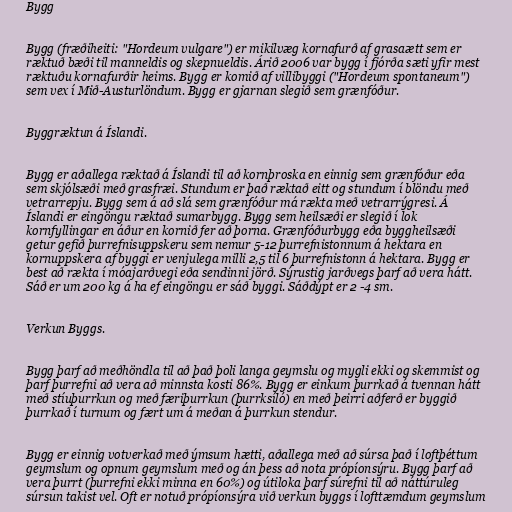
Bygg

Bygg (fræðiheiti: "Hordeum vulgare") er mikilvæg kornafurð af grasaætt sem er
ræktuð bæði til manneldis og skepnueldis. Árið 2006 var bygg í fjórða sæti yfir mest
ræktuðu kornafurðir heims. Bygg er komið af villibyggi ("Hordeum spontaneum")
sem vex í Mið-Austurlöndum. Bygg er gjarnan slegið sem grænfóður.

Byggræktun á Íslandi.

Bygg er aðallega ræktað á Íslandi til að kornþroska en einnig sem grænfóður eða
sem skjólsæði með grasfræi. Stundum er það ræktað eitt og stundum í blöndu með
vetrarrepju. Bygg sem á að slá sem grænfóður má rækta með vetrarrýgresi. Á
Íslandi er eingöngu ræktað sumarbygg. Bygg sem heilsæði er slegið í lok
kornfyllingar en áður en kornið fer að þorna. Grænfóðurbygg eða byggheilsæði
getur gefið þurrefnisuppskeru sem nemur 5-12 þurrefnistonnum á hektara en
kornuppskera af byggi er venjulega milli 2,5 til 6 þurrefnistonn á hektara. Bygg er
best að rækta í móajarðvegi eða sendinni jörð. Sýrustig jarðvegs þarf að vera hátt.
Sáð er um 200 kg á ha ef eingöngu er sáð byggi. Sáðdýpt er 2 -4 sm.

Verkun Byggs.

Bygg þarf að meðhöndla til að það þoli langa geymslu og mygli ekki og skemmist og
þarf þurrefni að vera að minnsta kosti 86%. Bygg er einkum þurrkað á tvennan hátt
með stíuþurrkun og með færiþurrkun (þurrksíló) en með þeirri aðferð er byggið
þurrkað í turnum og fært um á meðan á þurrkun stendur.

Bygg er einnig votverkað með ýmsum hætti, aðallega með að súrsa það í loftþéttum
geymslum og opnum geymslum með og án þess að nota própíonsýru. Bygg þarf að
vera þurrt (þurrefni ekki minna en 60%) og útiloka þarf súrefni til að náttúruleg
súrsun takist vel. Oft er notuð própíonsýra við verkun byggs í lofttæmdum geymslum